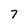
Character: 7